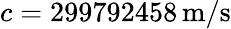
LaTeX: c=299792458\, {\mathrm{m/s}}